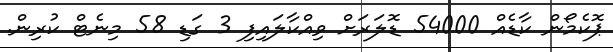
ޕޮކެމޯން ކާޑެއް 54000 ޑޮލަރަށް ވިއްކާލައިފި 3 ގަޑި 58 މިނެޓް ކުރިން.